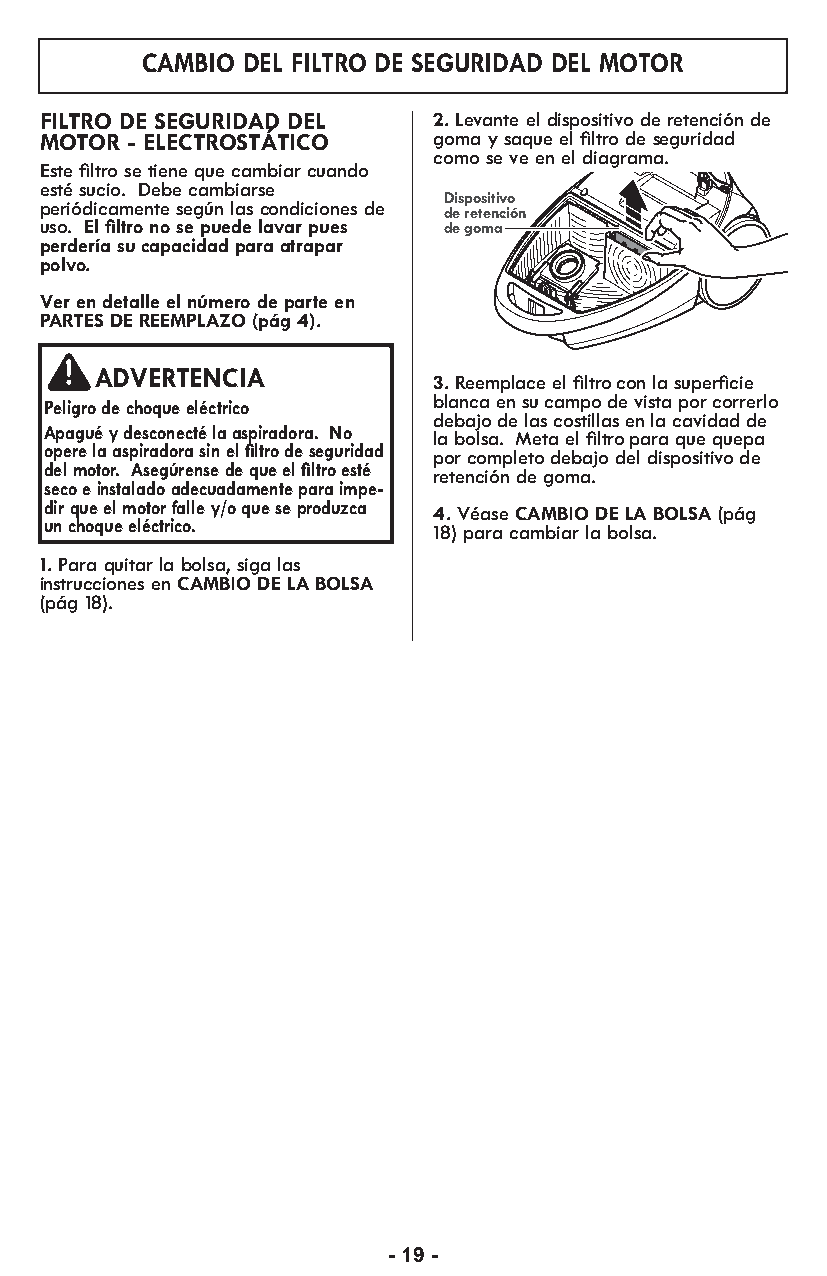
CAMBIO DEL FILTRO DE SEGURIDAD DEL MOTOR
 FILTRO DE SEGURIDAD DEL   2. Levante el dispositivo de retención de
 MOTOR - ELECTROSTÁTICO    goma y saque el filtro de seguridad
 como se ve en el diagrama.
 Este filtro se tiene que cambiar cuando
 esté sucio. Debe cambiarse
 Dispositivo
 periódicamente según las condiciones de
 de retención
 uso. El filtro no se puede lavar pues de goma
 perdería su capacidad para atrapar
 polvo.
 Ver en detalle el número de parte en
 PARTES DE REEMPLAZO (pág 4).
 ADVERTENCIA
 3. Reemplace el filtro con la superficie
 Peli gro de cho que eléc trico blanca en su campo de vista por correrlo
 debajo de las costillas en la cavidad de
 Apagué y desconecté la aspiradora. No
 la bolsa. Meta el filtro para que quepa
 opere la aspiradora sin el filtro de seguridad
 por completo debajo del dispositivo de
 del motor. Asegúrense de que el filtro esté
 retención de goma.
 seco e instalado adecuadamente para impe-
 dir que el motor falle y/o que se produzca
 4. Véase CAMBIO DE LA BOLSA (pág
 un choque eléctrico.
 18) para cambiar la bolsa.
 1. Para quitar la bolsa, siga las
 instrucciones en CAMBIO DE LA BOLSA
 (pág 18).
 - 19 -